Vaccination in Bombay 1863-1868 - 1863-1868
Year: 1863
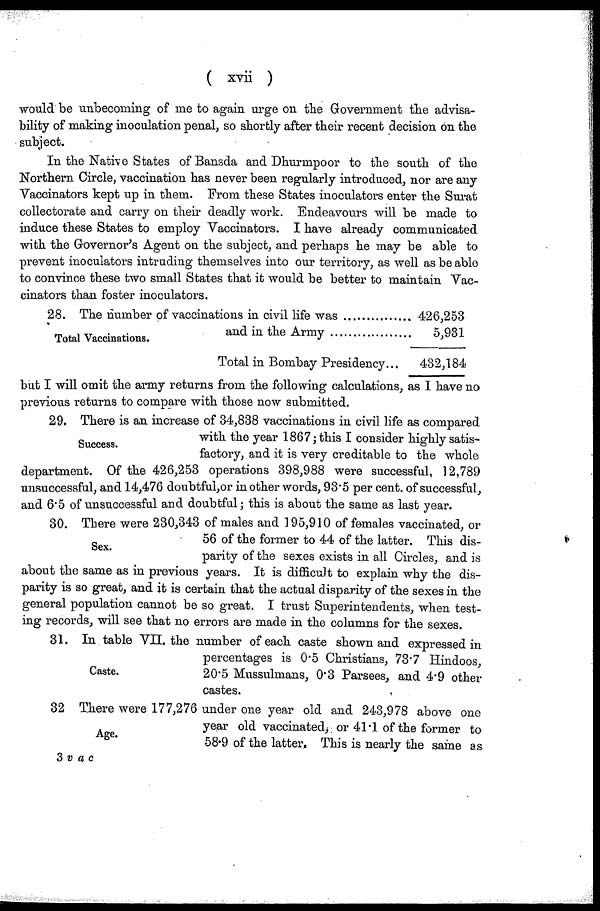
( xvii )
would be unbecoming of me to again urge on the Government the advisa-
bility of making inoculation penal, so shortly after their recent decision on the
subject.
In the Native States of Bansda and Dhurmpoor to the south of the
Northern Circle, vaccination has never been regularly introduced, nor are any
Vaccinators kept up in them. From these States inoculators enter the Surat
collectorate and carry on their deadly work. Endeavours will be made to
induce these States to employ Vaccinators. I have already communicated
with the Governor's Agent on the subject, and perhaps he may be able to
prevent inoculators intruding themselves into our territory, as well as be able
to convince these two small States that it would be better to maintain Vac-
cinators than foster inoculators.
Total Vaccinations.
28. The number of vaccinations in civil life was .............
and in the Army ...................
Total in Bombay Presidency...
426,253
5,931
432,184
but I will omit the army returns from the following calculations, as I have no
previous returns to compare with those now submitted.
Success.
29. There is an increase of 34,838 vaccinations in civil life as compared
with the year 1867; this I consider highly satis-
factory, and it is very creditable to the whole
department. Of the 426,253 operations 398,988 were successful, 12,789
unsuccessful, and 14,476 doubtful,or in other words, 93.5 per cent. of successful,
and 6.5 of unsuccessful and doubtful; this is about the same as last year.
Sex.
30. There were 230,343 of males and 195,910 of females vaccinated, or
56 of the former to 44 of the latter. This dis-
parity of the sexes exists in all Circles, and is
about the same as in previous years. It is difficult to explain why the dis-
parity is so great, and it is certain that the actual disparity of the sexes in the
general population cannot be so great. I trust Superintendents, when test-
ing records, will see that no errors are made in the columns for the sexes.
Caste.
31. In table VII. the number of each caste shown and expressed in
percentages is 0.5 Christians, 73.7 Hindoos,
20.5 Mussulmans, 0.3 Parsees, and 4.9 other
castes.
Age.
32 There were 177,276 under one year old and 243,978 above one
year old vaccinated, or 41.1 of the former to
58.9 of the latter. This is nearly the same as
3 vac